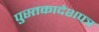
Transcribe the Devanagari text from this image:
पुस्तकादेशपत्र